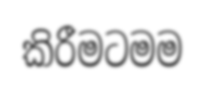
කිරීමටමම